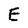
Character: E